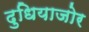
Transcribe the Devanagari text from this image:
दुधियाजोर